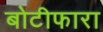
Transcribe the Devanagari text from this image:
बोटीफारा